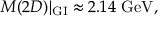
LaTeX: M ( 2 D ) | _ { \mathrm { G I } } \approx 2 . 1 4 { \ \mathrm { G e V } } ,